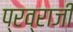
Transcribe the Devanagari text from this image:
प्रव्राजी